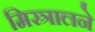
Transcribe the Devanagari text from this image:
मिस्त्रालने